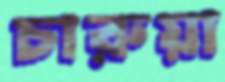
চারুয়া